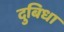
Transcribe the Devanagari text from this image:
दुबिधा